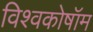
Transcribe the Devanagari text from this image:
विश्वकोषॉम